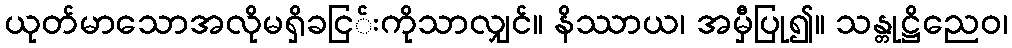
ယုတ်မာသောအလိုမရှိခငြ်းကိုသာလျှင်။ နိဿာယ၊ အမှီပြု၍။ သန္တုဋ္ဌိညေဝ၊